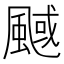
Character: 䬎